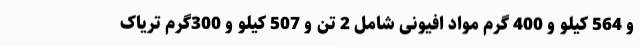
و 564 کیلو و 400 گرم مواد افیونی شامل 2 تن و 507 کیلو و 300گرم تریاک